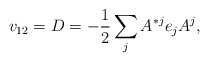
\begin{align*}v_{12}=D=-{1 \over 2} \sum_j A^{*j} e_j A^j, \end{align*}